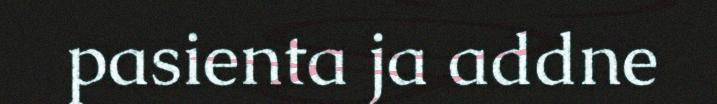
pasienta ja addne